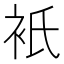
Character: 衹